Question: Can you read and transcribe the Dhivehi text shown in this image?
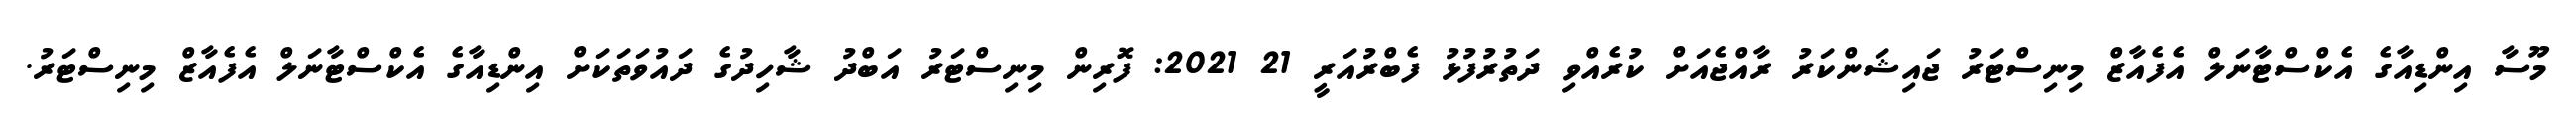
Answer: މޫސާ އިންޑިއާގެ އެކްސްޓާނަލް އެފެއާޒް މިނިސްޓަރު ޖައިޝަންކަރު ރާއްޖެއަށް ކުރެއްވި ދަތުރުފުޅު ފެބްރުއަރީ 21 2021: ފޮރިން މިނިސްޓަރު އަބްދު ޝާހިދުގެ ދައުވަތަކަށް އިންޑިއާގެ އެކްސްޓާނަލް އެފެއާޒް މިނިސްޓަރު.